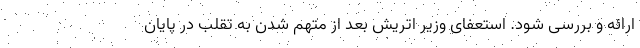
ارائه و بررسی شود. استعفای وزیر اتریش بعد از متهم شدن به تقلب در پایان